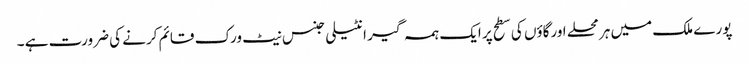
پورے ملک میں ہر محلے اورگاؤں کی سطح پر ایک ہمہ گیر انٹیلی جنس نیٹ ورک قائم کرنے کی ضرورت ہے ۔